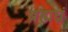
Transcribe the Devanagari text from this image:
ब्रह्मघ्नं